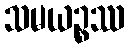
သမယဉ္စဿ